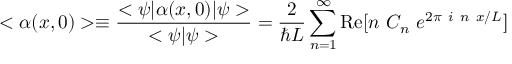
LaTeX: < \alpha ( x , 0 ) > \equiv { \frac { < \psi | \alpha ( x , 0 ) | \psi > } { < \psi | \psi > } } = { \frac { 2 } { \hbar L } } \sum _ { n = 1 } ^ { \infty } \mathrm { R e } [ n ~ C _ { n } ~ e ^ { 2 \pi ~ i ~ n ~ x / L } ]